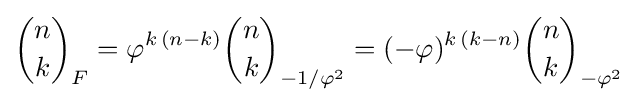
{\binom {n}{k}}_{F}=\varphi ^{k\,(n-k)}{\binom {n}{k}}_{-1/\varphi ^{2}}=(-\varphi )^{k\,(k-n)}{\binom {n}{k}}_{-\varphi ^{2}}